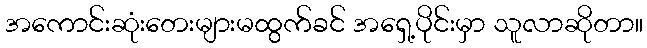
အကောင်းဆုံးတေးများမထွက်ခင် အရှေ့ပိုင်းမှာ သူလာဆိုတာ။